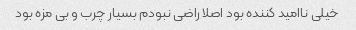
خیلی ناامید کننده بود اصلا راضی نبودم بسیار چرب و بی مزه بود